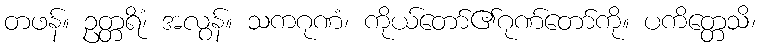
တဖန်။ ဥတ္တရိံ၊ အလွန်။ သကဂုဏံ၊ ကိုယ်တော်၏ဂုဏ်တော်ကို။ ပကိတ္တေသိ၊